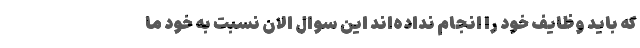
که باید وظایف خود را انجام نداده‌اند این سوال الان نسبت به خود ما